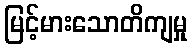
မြင့်မားသောတိကျမှု